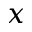
x